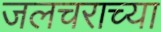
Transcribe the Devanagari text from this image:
जलचराच्या